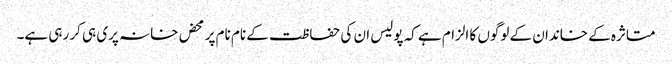
متاثرہ کے خاندان کے لوگوں کا الزام ہے کہ پولیس ان کی حفاظت کے نام نام پر محض خانہ پری ہی کر رہی ہے۔